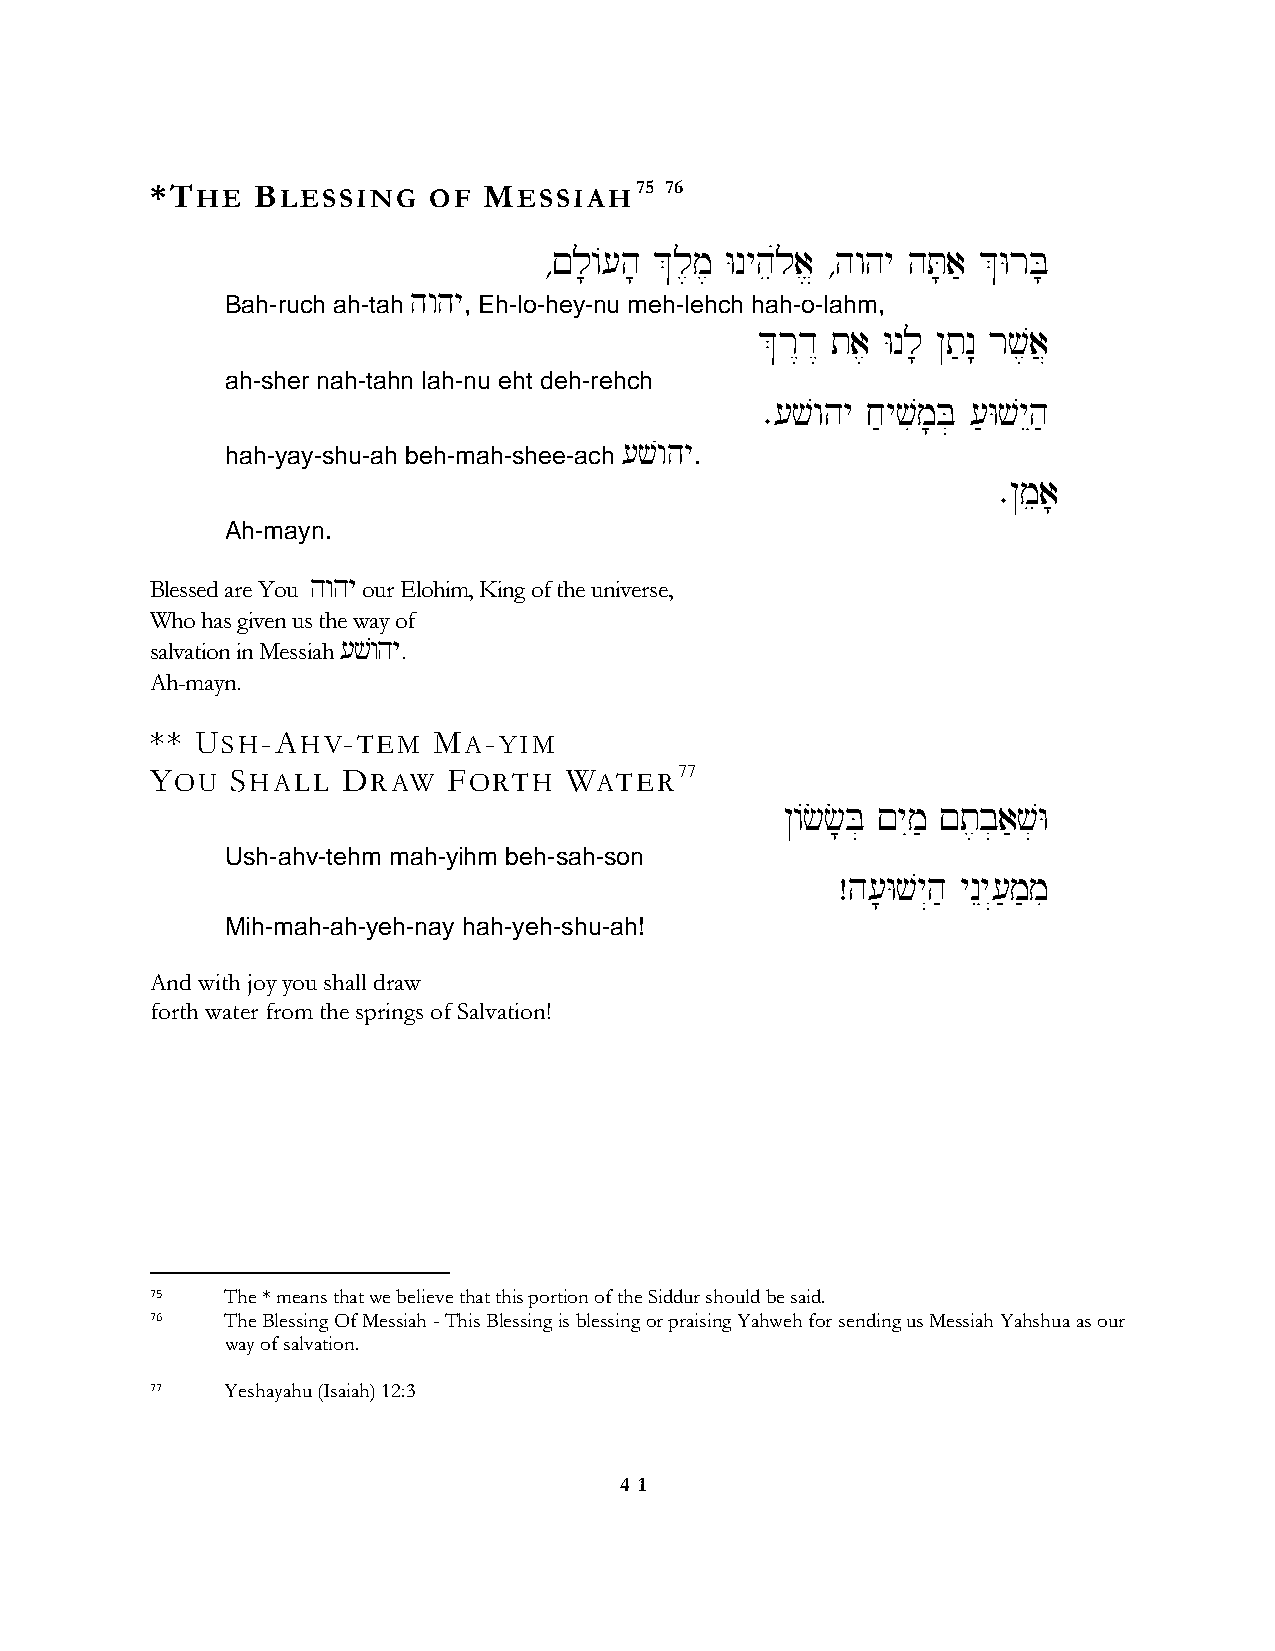
*THE   BLESSING   OF  MESSIAH75   76
 ∆!l;/[h; &l,m, Wnyheúla> ∆hwhy hT;a' &WrB;
 hwhy
 Bah-ruch ah-tah , Eh-lo-hey-nu meh-lehch hah-o-lahm,
 &r<d< ta, Wnl; @t'n: rv,a}
 ah-sher nah-tahn lah-nu eht deh-rehch
 ∑[vwhy j'yvim;B] ['WvyEh'
 [vwhy
 hah-yay-shu-ah beh-mah-shee-ach .
 ∑@mea;
 Ah-mayn.
 Blessed are You hwhy our Elohim, King of the universe,
 Who has given us the way of
 salvation in Messiah [vwhy.
 Ah-mayn.
 ** USH-AHV-TEM     MA-YIM
 YOU  SHALL   DRAW   FORTH  WATER77
 @/cc;B] !yIm' !t,b]a'v]W
 Ush-ahv-tehm mah-yihm beh-sah-son
 Âh[;Wvy“h' ynEy“['m'mi
 Mih-mah-ah-yeh-nay hah-yeh-shu-ah!
 And with joy you shall draw
 forth water from the springs of Salvation!
 75   The * means that we believe that this portion of the Siddur should be said.
 76   The Blessing Of Messiah - This Blessing is blessing or praising Yahweh for sending us Messiah Yahshua as our
 way of salvation.
 77   Yeshayahu (Isaiah) 12:3
 4 1